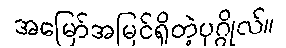
အမြော်အမြင်ရှိတဲ့ပုဂ္ဂိုလ်။